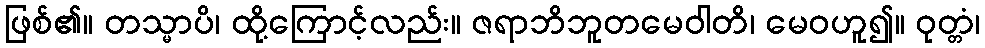
ဖြစ်၏။ တသ္မာပိ၊ ထို့ကြောင့်လည်း။ ဇရာဘိဘူတမေဝါတိ၊ မေဝဟူ၍။ ဝုတ္တံ၊